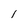
Character: 1